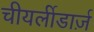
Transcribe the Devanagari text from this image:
चीयर्लीडार्ज़